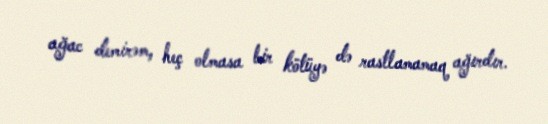
ağac demirəm, heç olmasa bir kötüyə də rastlamamaq ağırdır.